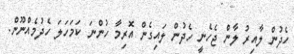
ހެދުން ލާއިރު ލާން ޖެހެނީ ހެދުން ލައިގެން އޮރިމާ ހުންނަ ކަމަހަލަ ހެދުމެއްނޫން.